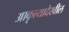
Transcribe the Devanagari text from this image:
आकृत्यादेखील